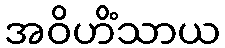
အဝိဟိံသာယ